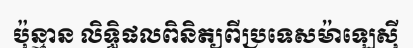
ប៉ុន្មាន លិទ្ធិផលពិនិត្យពីប្រទេសម៉ាឡេស៊ី